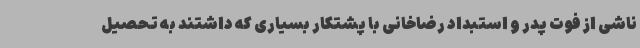
ناشی از فوت پدر و استبداد رضاخانی با پشتکار بسیاری که داشتند به تحصیل